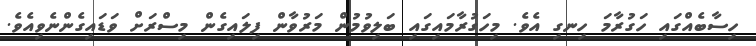
ހިސާބެއްގައި ހަގުރާމަ ހިނގި އެވެ. މިހަގުރާމައިގައި ބަލިވުމުން މަރުވާން ފިލައިގެން މިސްރަށް ވަޑައިގެންނެވިއެވެ.